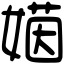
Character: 𡟻